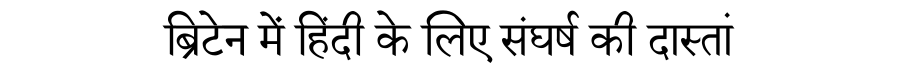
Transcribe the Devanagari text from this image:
ब्रिटेन में हिंदी के लिए संघर्ष की दास्तां